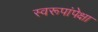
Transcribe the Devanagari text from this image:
स्वरूपांपेक्षा